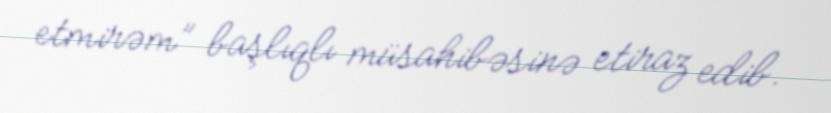
etmirəm” başlıqlı müsahibəsinə etiraz edib.